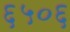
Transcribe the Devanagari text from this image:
६५०६